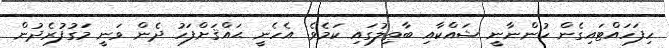
ހިފަހައްޓައިގެން ހުންނާނީ ޝައްކާއި ބާޠިލުގައި ކަމެވެ. އެހެނީ ޙައްޤަށްފަހު ދެން ވަނީ މަގުފުރެދުން